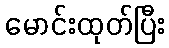
မောင်းထုတ်ပြီး